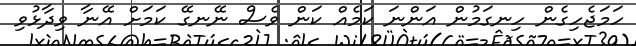
ހަމަޖެހިގެން ހިނގަމުން އަންނަ ކަމެއް ކަން ވެސް ނޭނގޭ ކަމަށް އޭނާ ވިދާޅުވި